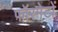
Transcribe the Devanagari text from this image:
फॉरमेटों